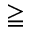
\geqq